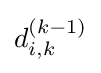
d_{i,k}^{(k-1)}